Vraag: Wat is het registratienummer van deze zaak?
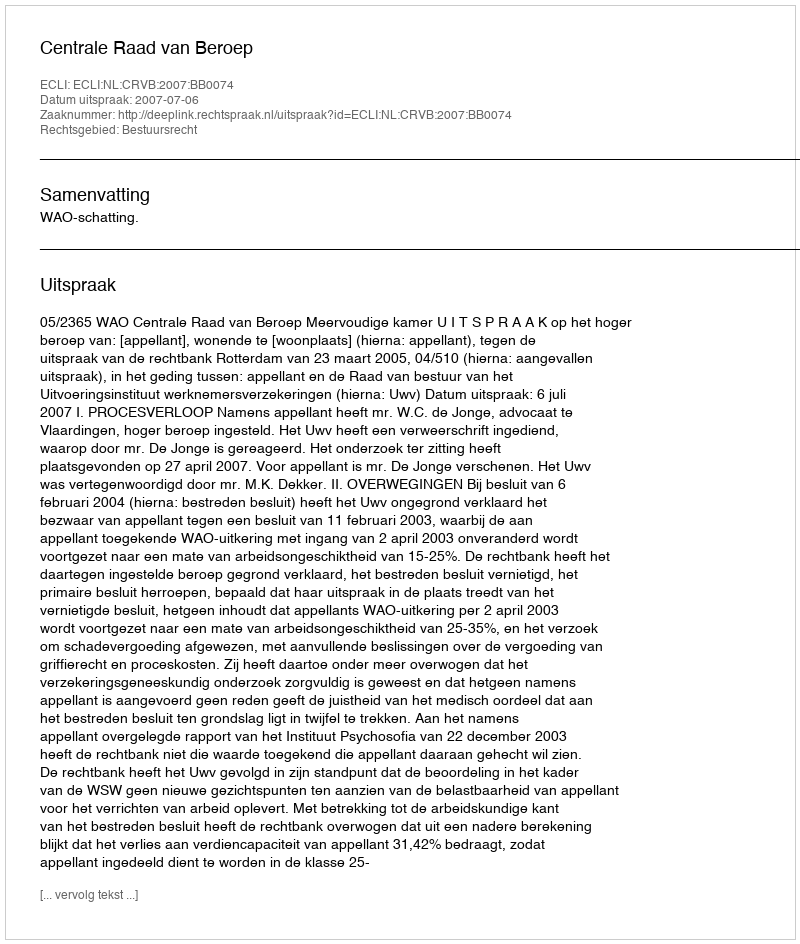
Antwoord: http://deeplink.rechtspraak.nl/uitspraak?id=ECLI:NL:CRVB:2007:BB0074